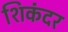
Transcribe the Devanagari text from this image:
शिकंदर